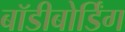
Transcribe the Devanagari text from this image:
बॉडीबोर्डिंग